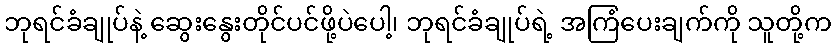
ဘုရင်ခံချုပ်နဲ့ ဆွေးနွေးတိုင်ပင်ဖို့ပဲပေါ့၊ ဘုရင်ခံချုပ်ရဲ့ အကြံပေးချက်ကို သူတို့က